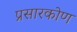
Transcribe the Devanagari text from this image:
प्रसारकोण